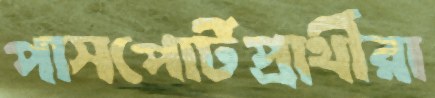
পাসপোর্টপ্রার্থীরা